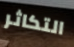
التكاثر